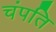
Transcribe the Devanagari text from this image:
चंपति